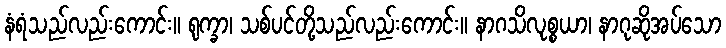
နံရံသည်လည်းကောင်း။ ရုက္ခာ၊ သစ်ပင်တို့သည်လည်းကောင်း။ နာဂသိလုစ္စယာ၊ နာဂုဆိုအပ်သော